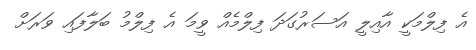
އެ ފިލްމަކީ އާއިލީ އަސަރުގަދަ ފިލްމެއް ވީމަ އެ ފިލްމު ބަލާފައި ވަރަށް